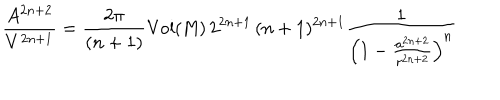
\frac { A ^ { 2 n + 2 } } { V ^ { 2 n + 1 } } = \frac { 2 \pi } { ( n + 1 ) } { \mathrm { V o l { ( M ) } } } \, 2 ^ { 2 n + 1 } \, ( n + 1 ) ^ { 2 n + 1 } \frac { 1 } { \left( 1 - \frac { a ^ { 2 n + 2 } } { r ^ { 2 n + 2 } } \right) ^ { n } }